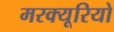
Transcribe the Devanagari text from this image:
मरक्यूरियो